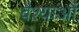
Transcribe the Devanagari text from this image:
वैश्याऔं